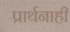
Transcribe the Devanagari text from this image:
प्रार्थनाही